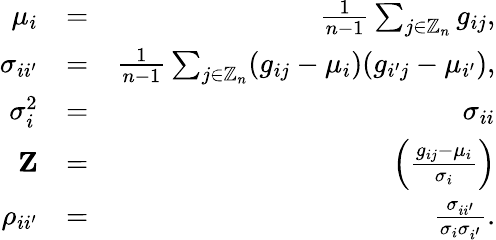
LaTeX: \begin{array}{rlr}{\mu_{i}}&{=}&{\frac{1}{n-1}\sum_{j\in\mathbb{Z}_{n}}g_{ij},}\\ {\sigma_{ii^{\prime}}}&{=}&{\frac{1}{n-1}\sum_{j\in\mathbb{Z}_{n}}(g_{ij}-\mu_{i})(g_{i^{\prime}j}-\mu_{i^{\prime}}),}\\ {\sigma_{i}^{2}}&{=}&{\sigma_{ii}}\\ {{\mathbf{Z}}}&{=}&{\left(\frac{g_{ij}-\mu_{i}}{\sigma_{i}}\right)}\\ {\rho_{ii^{\prime}}}&{=}&{\frac{\sigma_{ii^{\prime}}}{\sigma_{i}\sigma_{i^{\prime}}}.}\end{array}